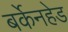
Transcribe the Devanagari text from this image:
बर्केनहेड